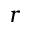
r